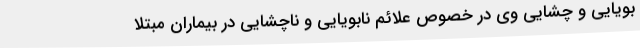
بویایی و چشایی وی در خصوص علائم نابویایی و ناچشایی در بیماران مبتلا